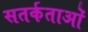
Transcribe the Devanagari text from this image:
सतर्कताओं